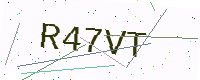
Text: R47VT